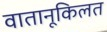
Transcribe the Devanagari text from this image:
वातानूकिलत